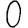
Digit: 0